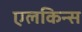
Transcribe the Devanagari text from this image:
एलकिन्स